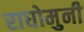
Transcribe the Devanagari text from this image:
राघोमुनी